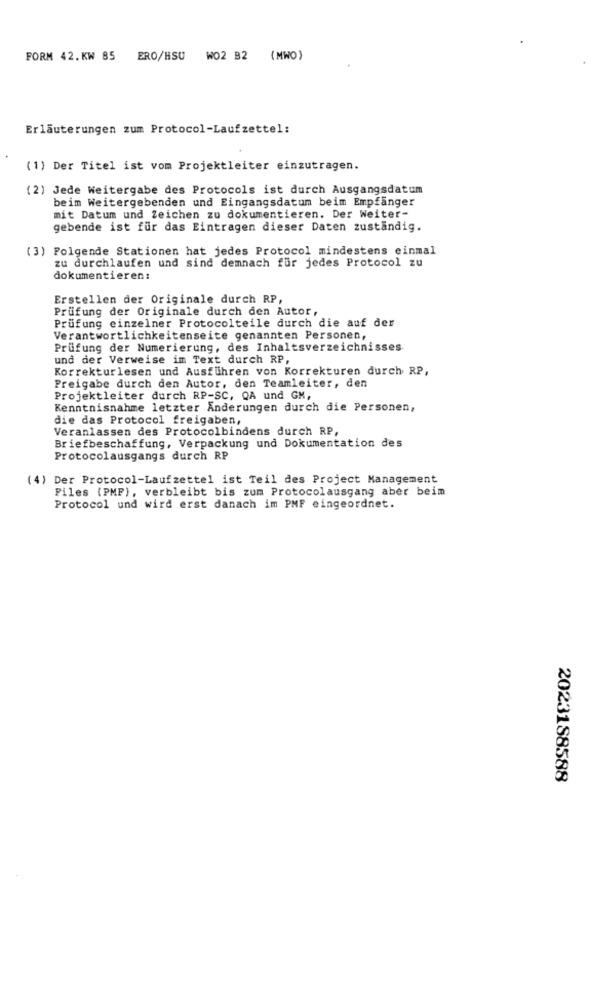
FORM 42. KW 85 ERO/HSU WO2 B2 (MWO)
Erläuterungen zum Protocol-Laufzettel:
(1) Der Titel ist vom Projektleiter einzutragen.
(2) Jede Weitergabe des Protocols ist durch Ausgangsdatum
beim Weitergebenden und Eingangsdatum beim Empfänger
mit Datum und Zeichen zu dokumentieren. Der Weiter-
gebende ist für das Eintragen dieser Daten zuständig.
(3) Folgende Stationen hat jedes Protocol mindestens einmal
zu durchlaufen und sind demnach für jedes Protocol zu
dokumentieren:
Erstellen der Originale durch RP,
Prüfung der Originale durch den Autor,
Prüfung einzelner Protocolteile durch die auf der
Verantwortlichkeitenseite genannten Personen,
Prüfung der Numerierung, des Inhaltsverzeichnisses
und der Verweise im Text durch RP,
Korrekturlesen und Ausführen von Korrekturen durch RP,
Freigabe durch den Autor, den Teamleiter, den
Projektleiter durch RP-SC, QA und GM,
Kenntnisnahme letzter Änderungen durch die Personen,
die das Protocol freigaben,
Veranlassen des Protocolbindens durch RP,
Briefbeschaffung, Verpackung und Dokumentation des
Protocolausgangs durch RP
(4) Der Protocol-Laufzettel ist Teil des Project Management
Files (PMP), verbleibt bis zum Protocolausgang aber beim
Protocol und wird erst danach im PMF eingeordnet.
2023188588